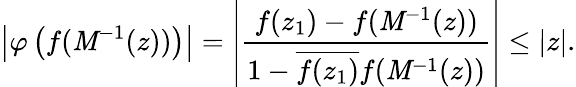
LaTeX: \left|\varphi\left(f(\mathit{M}^{-1}(z))\right)\right|=\left|{\frac{{f(z_{1})-f(\mathit{M}^{-1}(z))}}{{1-{\overline{{{f(z_{1})}}}}f(\mathit{M}^{-1}(z))}}}\right|\leq|z|.